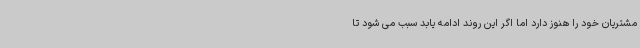
مشتریان خود را هنوز دارد اما اگر این روند ادامه یابد سبب می شود تا